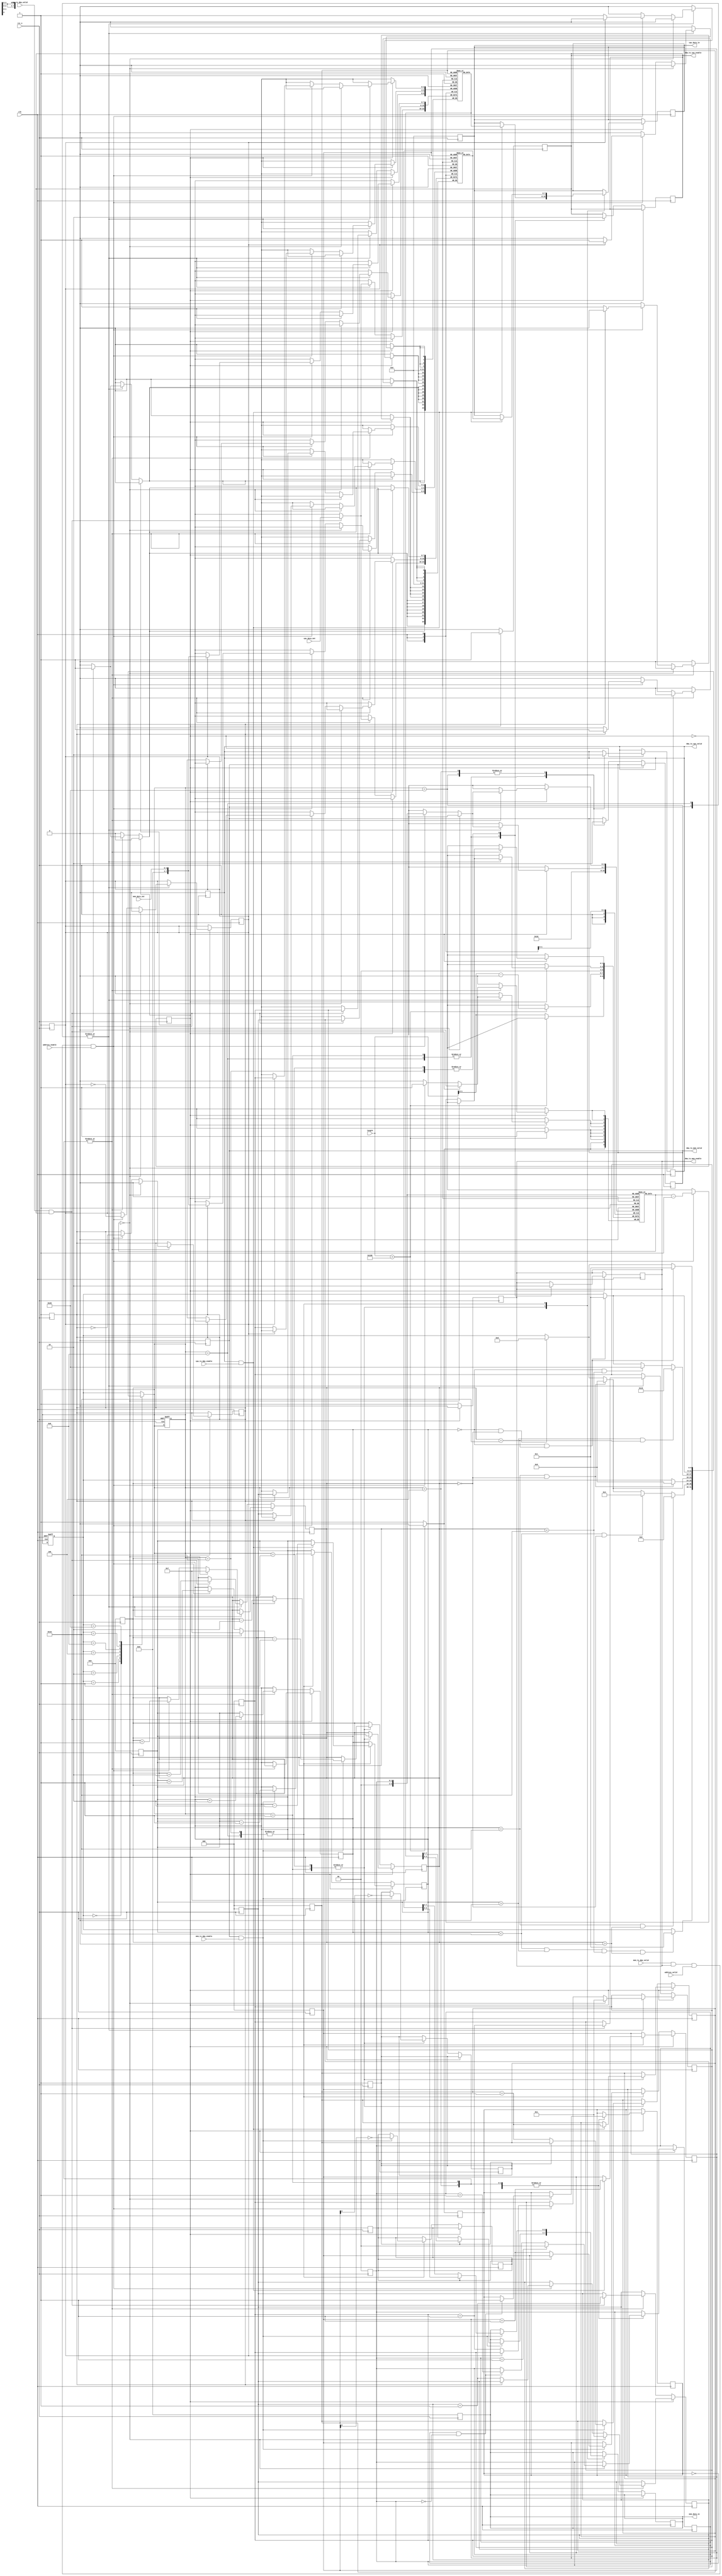
`timescale 1ns / 1ps
//////////////////////////////////////////////////////////////////////////////////
// Company: 
// Engineer: 
// 
// Design Name: 
// Module Name: DMA
// Project Name: 
// Target Devices: 
// Tool Versions: 
// Description: 
// 
// Dependencies: 
// 
// Revision:
// Revision 0.01 - File Created
// Additional Comments:
// 
//////////////////////////////////////////////////////////////////////////////////


module DMA(
    input clk, 
    input rst_n,
    
    input mem_to_dma_valid, //a signal to control the validity of input from memory to dma
    input mem_to_dma_enable,//a signal to show that memory is available to accept input
    input cpu_to_dma_valid, //a signal to control the validity of input from cpu to dma
    input cpu_to_dma_enable,//a signal to show that cpu is available to accept input
    input address_valid,//a signal to control the validity of achievement of address
    input address_enable,//a signal to show that dma is available to accept address==mem_to_dma_enable
   
    input [10:0] length,//a given random length to represent the user's need
    input [3:0] mem_data_out,//data in from memory to dma
    input [7:0] cpu_data_out,//data in from cpu to dma        
    
    output reg [3:0] mem_data_in,//data out from dma to memory
    output reg [7:0] cpu_data_in,//data out from dma to cpu

    output reg dma_to_mem_valid,
    output reg dma_to_mem_enable,
    output reg dma_to_cpu_valid,
    output reg dma_to_cpu_enable
    );
    
    reg data_flow_direction=0;//1:memory to cpu, 0:cpu to memory

    reg [7:0] buf1 [7:0];
    reg [7:0] buf2 [7:0];
   // reg [9:0] address;//temp
    
    reg [2:0] buf1_read_ptr, buf2_read_ptr;//the pointer points to the position of reading
    reg [2:0] buf1_write_ptr, buf2_write_ptr;//the pointer points to the position of writing
    reg [1:0] counter_ptr;
   // reg [3:0] adress_read_ptr,adress_write_ptr;
    reg buf1_write_low, buf1_read_low;//write or read in the low position
    reg buf2_write_low, buf2_read_low;//write or read in the low position
    reg counter_low;
    //reg [3:0] address_write_low,address_read_low;

    reg [4:0] counter_buf1, counter_buf2;//count the number of data in buf1 and buf2
    reg [1:0] counter_address [10:0];

    reg [5:0] currentstate, nextstate;
    //memory to cpu direction
    parameter    S0  = 6'b00_0000;//empty buf1, empty buf2 
    parameter    S1  = 6'b00_0001;//not full buf1, not empty buf2 
    parameter    S2  = 6'b00_0010;//full buf1, not empty buf2
    parameter    S3  = 6'b00_0100;//not full buf1, empty buf2
    //cpu to memory direction
    parameter    S4  = 6'b00_1000;//not empty buf1, not full buf2
    parameter    S5  = 6'b01_0000;//not empty buf1, full buf2
    parameter    S6  = 6'b10_0000;//empty buf1, not full buf2

    always@(posedge clk or negedge rst_n)
        begin
            if(!rst_n)
                begin
                    currentstate <= S0;
                    nextstate <= S0;
                end
            else
                begin
                    currentstate <= nextstate;
                end
        end

    always@(*)
        begin
                case(currentstate)
                    S0:
                          if (counter_buf1<16&&counter_buf1>0&&counter_buf2<16&&counter_buf2>0)
                             nextstate = S1;
                          else
                             nextstate = currentstate;
                    S1:
                        if(counter_buf1==16 && counter_buf2>0)
                            nextstate = S2;
                        else if(counter_buf1<16 && counter_buf2==0)
                            nextstate = S3;
                        else if(counter_buf1==16 && counter_buf2==0)//
                            nextstate = S4;
                        else if(counter_buf1==0&&counter_buf2==0)
                            nextstate = S0;
                        else 
                            nextstate = currentstate;
                    S2:
                        if(counter_buf1==16 && counter_buf2==0)//
                            nextstate = S4;
                        else
                            nextstate = currentstate;
                    S3:
                        if(counter_buf1==16 && counter_buf2==0)//
                            nextstate = S4;
                        else if(counter_buf1==0&&counter_buf2==0)
                            nextstate = S0;
                        else
                            nextstate = currentstate;
                    S4:
                        if(counter_buf1>0 && counter_buf2==16)
                            nextstate = S5;
                        else if(counter_buf1==0 && counter_buf2<16)
                            nextstate = S6;
                        else if(counter_buf1==0 && counter_buf2==16)//
                            nextstate = S1;
                        else
                            nextstate = currentstate;
                    S5:
                        if(counter_buf1==0 && counter_buf2==16)//
                            nextstate = S1;
                        else
                            nextstate = currentstate;
                    S6:
                        if(counter_buf1==0 && counter_buf2==16)//
                            nextstate = S1;
                        else if(counter_buf1==0&&counter_buf2==0)
                            nextstate = S0;
                        else
                            nextstate = currentstate;
                    default:
                        nextstate = currentstate;
                endcase
        end

        always@(negedge rst_n)
            begin
                if(!rst_n)
                    begin
                        data_flow_direction=~data_flow_direction;

                        mem_data_in=4'b0000;
                        cpu_data_in=8'b0000_0000;
                        counter_low=1;
                        counter_ptr=0;
                        if (length>9'd256)
                        begin
                            counter_address[0]=9'd256;//
                            counter_address[1]=length-9'd256;
                            counter_low=0;
                        end
                        else
                            counter_address[0]=length;

                        counter_buf1=0;
                        counter_buf2=0;

                        buf1_read_ptr=0;
                        buf1_write_ptr=0;
                        buf2_read_ptr=0;
                        buf2_write_ptr=0;

                        buf1_write_low=1;
                        buf1_read_low=1;
                        buf2_write_low=1;
                        buf2_read_low=1;

                        if(data_flow_direction)
                            begin
                                dma_to_mem_enable=1;
                                dma_to_cpu_valid=0;
                                dma_to_mem_valid=0;
                                dma_to_cpu_enable=0;
                            end
                        else
                            begin
                                dma_to_mem_enable=0;
                                dma_to_cpu_valid=0;
                                dma_to_mem_valid=0;
                                dma_to_cpu_enable=1;
                            end
                    end
            end

        always@(posedge clk)//
            begin
                if(data_flow_direction)
                    begin
                        case(nextstate)
                            S1,S3:
                                begin
                                    if(counter_address[counter_ptr]==0)
                                       begin
                                          buf1_write_low <= 0;
                                          buf1_write_ptr <= 3;
                                          counter_buf1 <= 7;
                                          if (counter_low==0&&counter_ptr==0)
                                          begin
                                            counter_ptr <= counter_ptr+1;
                                            counter_low <= 1;
                                          end
                                          if (counter_ptr==1)
                                            counter_ptr <= 0;
                                       end
                                    else
                                    if(mem_to_dma_valid && dma_to_mem_enable&&address_valid&&address_enable)
                                        begin
                                            if(buf1_write_low)
                                                buf1[buf1_write_ptr][3:0] <= mem_data_out;
                                            else
                                                buf1[buf1_write_ptr][7:4] <= mem_data_out;
                                    
                                            if(!buf1_write_low)
                                                buf1_write_ptr <= buf1_write_ptr+1;
                                    
                                            buf1_write_low <= ~buf1_write_low;

                                            counter_buf1 <= counter_buf1 + 1;
                                            counter_address[counter_ptr] <= counter_address[counter_ptr] - 1;
                                        end
                                end
                            S4, S6:
                                begin
                                    if(counter_address[counter_ptr]==0)
                                        begin
                                            buf2_write_low <= 0;
                                            buf2_write_ptr <= 3;
                                            counter_buf2 <= 7;
                                            if (counter_low==0&&counter_ptr==0)
                                            begin
                                               counter_ptr <= counter_ptr+1;
                                               counter_low <= 1;
                                            end
                                            if (counter_ptr==1)
                                                counter_ptr <= 0;
                                        end
                                    else
                                    if(mem_to_dma_valid && dma_to_mem_enable&&address_valid&&address_enable)
                                        begin
                                            if(buf2_write_low)
                                                buf2[buf2_write_ptr][3:0] <= mem_data_out;
                                            else
                                                buf2[buf2_write_ptr][7:4] <= mem_data_out;
                                    
                                            if(!buf2_write_low)
                                                buf2_write_ptr <= buf2_write_ptr+1;
                                    
                                            buf2_write_low <= ~buf2_write_low;

                                            counter_buf2 <= counter_buf2 + 1;
                                            counter_address[counter_ptr] <= counter_address[counter_ptr] - 1;
                                        end
                                end
                            default: ;
                        endcase
                    end
                else
                    begin
                        case(nextstate)
                            S1,S3:
                                begin
                                    if(cpu_to_dma_valid && dma_to_cpu_enable)
                                        begin
                                            buf1[buf1_write_ptr] <= cpu_data_out;
                                    
                                            buf1_write_ptr <= buf1_write_ptr+1;

                                            counter_buf1 <= counter_buf1 + 2;
                                        end
                                end
                            S4,S6:
                                begin
                                    if(cpu_to_dma_valid && dma_to_cpu_enable)
                                        begin
                                            buf2[buf2_write_ptr] <= cpu_data_out;
                                    
                                            buf2_write_ptr <= buf2_write_ptr+1;

                                            counter_buf2 <= counter_buf2 + 2;
                                        end
                                end
                            default: ;
                        endcase
                    end
            end        

        always@(posedge clk)
            begin
                if(data_flow_direction)
                    begin
                        case(nextstate)
                            S1,S2:
                                begin
                                    if(dma_to_cpu_valid && cpu_to_dma_enable)
                                        begin
                                            cpu_data_in <= buf2[buf2_read_ptr];

                                            buf2_read_ptr <= buf2_read_ptr + 1;

                                            counter_buf2 <= counter_buf2 - 2;
                                        end
                                end
                            S4,S5:
                                begin
                                    if(dma_to_cpu_valid && cpu_to_dma_enable)
                                        begin
                                            cpu_data_in <= buf1[buf1_read_ptr];

                                            buf1_read_ptr <= buf1_read_ptr + 1;

                                            counter_buf1 <= counter_buf1 - 2;
                                        end
                                end
                            default: ;
                        endcase
                    end 
                else
                    begin
                        case(nextstate)
                            S1,S2:
                                begin
                                    if(dma_to_mem_valid && mem_to_dma_enable)
                                        begin
                                            if(buf2_read_low)
                                                mem_data_in <= buf2[buf2_read_ptr][3:0];
                                            else
                                                mem_data_in <= buf2[buf2_read_ptr][7:4];
                                            
                                            if(!buf2_read_low)
                                                buf2_read_ptr <= buf2_read_ptr + 1;

                                            buf2_read_low = ~buf2_read_ptr;

                                            counter_buf2 <= counter_buf2 - 1;
                                        end
                                end
                            S4,S5:
                                begin
                                    if(dma_to_mem_valid && mem_to_dma_enable)
                                        begin
                                            if(buf1_read_low)
                                                mem_data_in <= buf1[buf1_read_ptr][3:0];
                                            else
                                                mem_data_in <= buf1[buf1_read_ptr][7:4];
                                            
                                            if(!buf1_read_low)
                                                buf1_read_ptr <= buf1_read_ptr + 1;

                                            buf1_read_low = ~buf1_read_ptr;

                                            counter_buf1 <= counter_buf1 - 1;
                                        end
                                end
                            default: ;
                        endcase
                    end
            end

        always@(posedge clk)
            begin
                if(data_flow_direction)
                    case(nextstate)
                        S1,S4:
                            begin
                                dma_to_mem_enable <= 1;
                                dma_to_cpu_valid <= 1;
                            end
                        S2,S5:
                            begin
                                dma_to_mem_enable <= 0;//
                            end
                        S3,S6:
                            begin
                                dma_to_cpu_valid <= 0;//
                            end
                        default: ;
                    endcase
                else
                    case(nextstate)
                        S1,S4:
                            begin
                                dma_to_mem_valid <= 1;
                                dma_to_cpu_enable <= 1;
                            end
                        S2,S5:
                            begin
                                dma_to_cpu_enable <= 0;//
                            end
                        S3,S6:
                            begin
                                dma_to_mem_valid <= 0;//
                            end
                    endcase
            end

endmodule